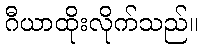
ဂီယာထိုးလိုက်သည်။